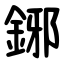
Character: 鋣